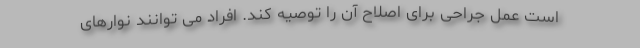
است عمل جراحی برای اصلاح آن را توصیه کند. افراد می توانند نوارهای